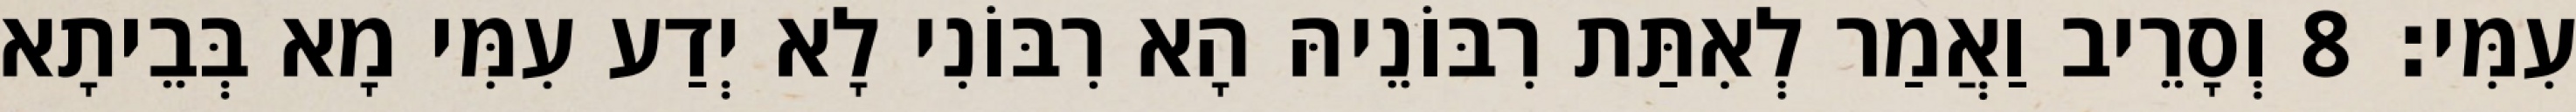
עִמִּי׃ 8 וְסָרֵיב וַאֲמַר לְאִתַּת רִבּוֹנֵיהּ הָא רִבּוֹנִי לָא יְדַע עִמִּי מָא בְּבֵיתָא